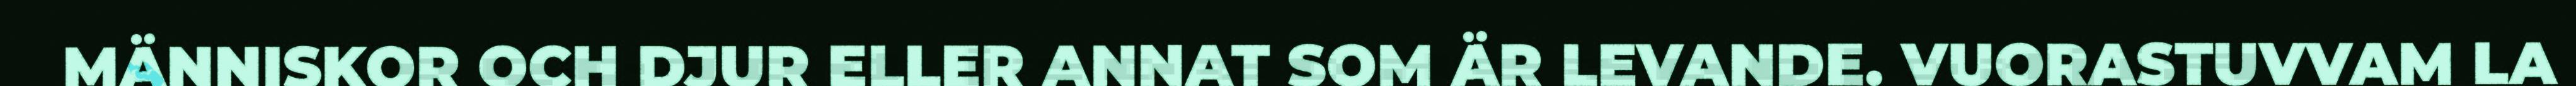
MÄNNISKOR OCH DJUR ELLER ANNAT SOM ÄR LEVANDE. VUORASTUVVAM LA